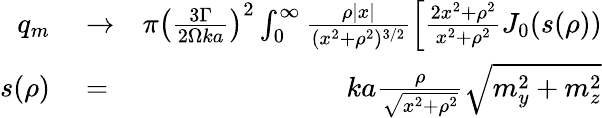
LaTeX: \begin{array}{rlr}{q_{m}}&{{}\to}&{\pi\left(\frac{3\Gamma}{2\Omega ka}\right)^{2}\int_{0}^{\infty}\frac{\rho|x|}{(x^{2}+\rho^{2})^{3/2}}\left[\frac{2x^{2}+\rho^{2}}{x^{2}+\rho^{2}}J_{0}(s(\rho))\right.}\\ {s(\rho)}&{{}=}&{ka\frac{\rho}{\sqrt{x^{2}+\rho^{2}}}\sqrt{m_{y}^{2}+m_{z}^{2}}}\end{array}